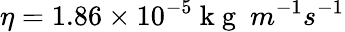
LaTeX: \eta=1.86\times 10^{-5}\mathrm{~k~g~}\ m^{-1}s^{-1}